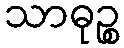
သာဓုဉ္စ